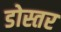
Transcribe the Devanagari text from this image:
डोस्तर